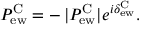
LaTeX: P _ { \mathrm { e w } } ^ { \mathrm { C } } = - \, | P _ { \mathrm { e w } } ^ { \mathrm { C } } | e ^ { i \delta _ { \mathrm { e w } } ^ { \mathrm { C } } } .